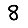
Digit: 8